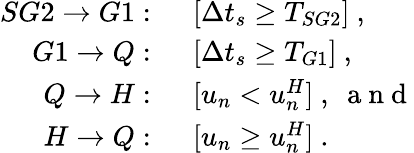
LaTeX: \begin{array}{rl}{SG2\rightarrow G1:}&{{}\ \ [\Delta t_{s}\geq T_{SG2}]\ ,}\\ {G1\rightarrow Q:}&{{}\ \ [\Delta t_{s}\geq T_{G1}]\ ,}\\ {Q\rightarrow H:}&{{}\ \ [u_{n}<u_{n}^{H}]\ ,\ \mathrm{~a~n~d~}}\\ {H\rightarrow Q:}&{{}\ \ [u_{n}\geq u_{n}^{H}]\ .}\end{array}